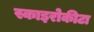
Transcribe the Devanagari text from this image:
स्काइरोकीटा